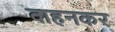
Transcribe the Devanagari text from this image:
वाहनकर